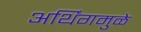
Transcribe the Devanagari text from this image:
अर्थिंगमुळे